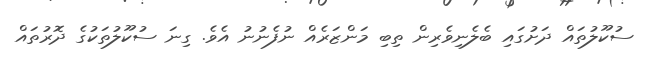
ސުކޫލުތައް ދަށުގައި ބެލެނިވެރިން ތިބި މަންޒަރެއް ނުފެނުނު އެވެ. ގިނަ ސުކޫލުތަކުގެ ދޮރުތައް